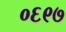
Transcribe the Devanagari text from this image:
०६९७